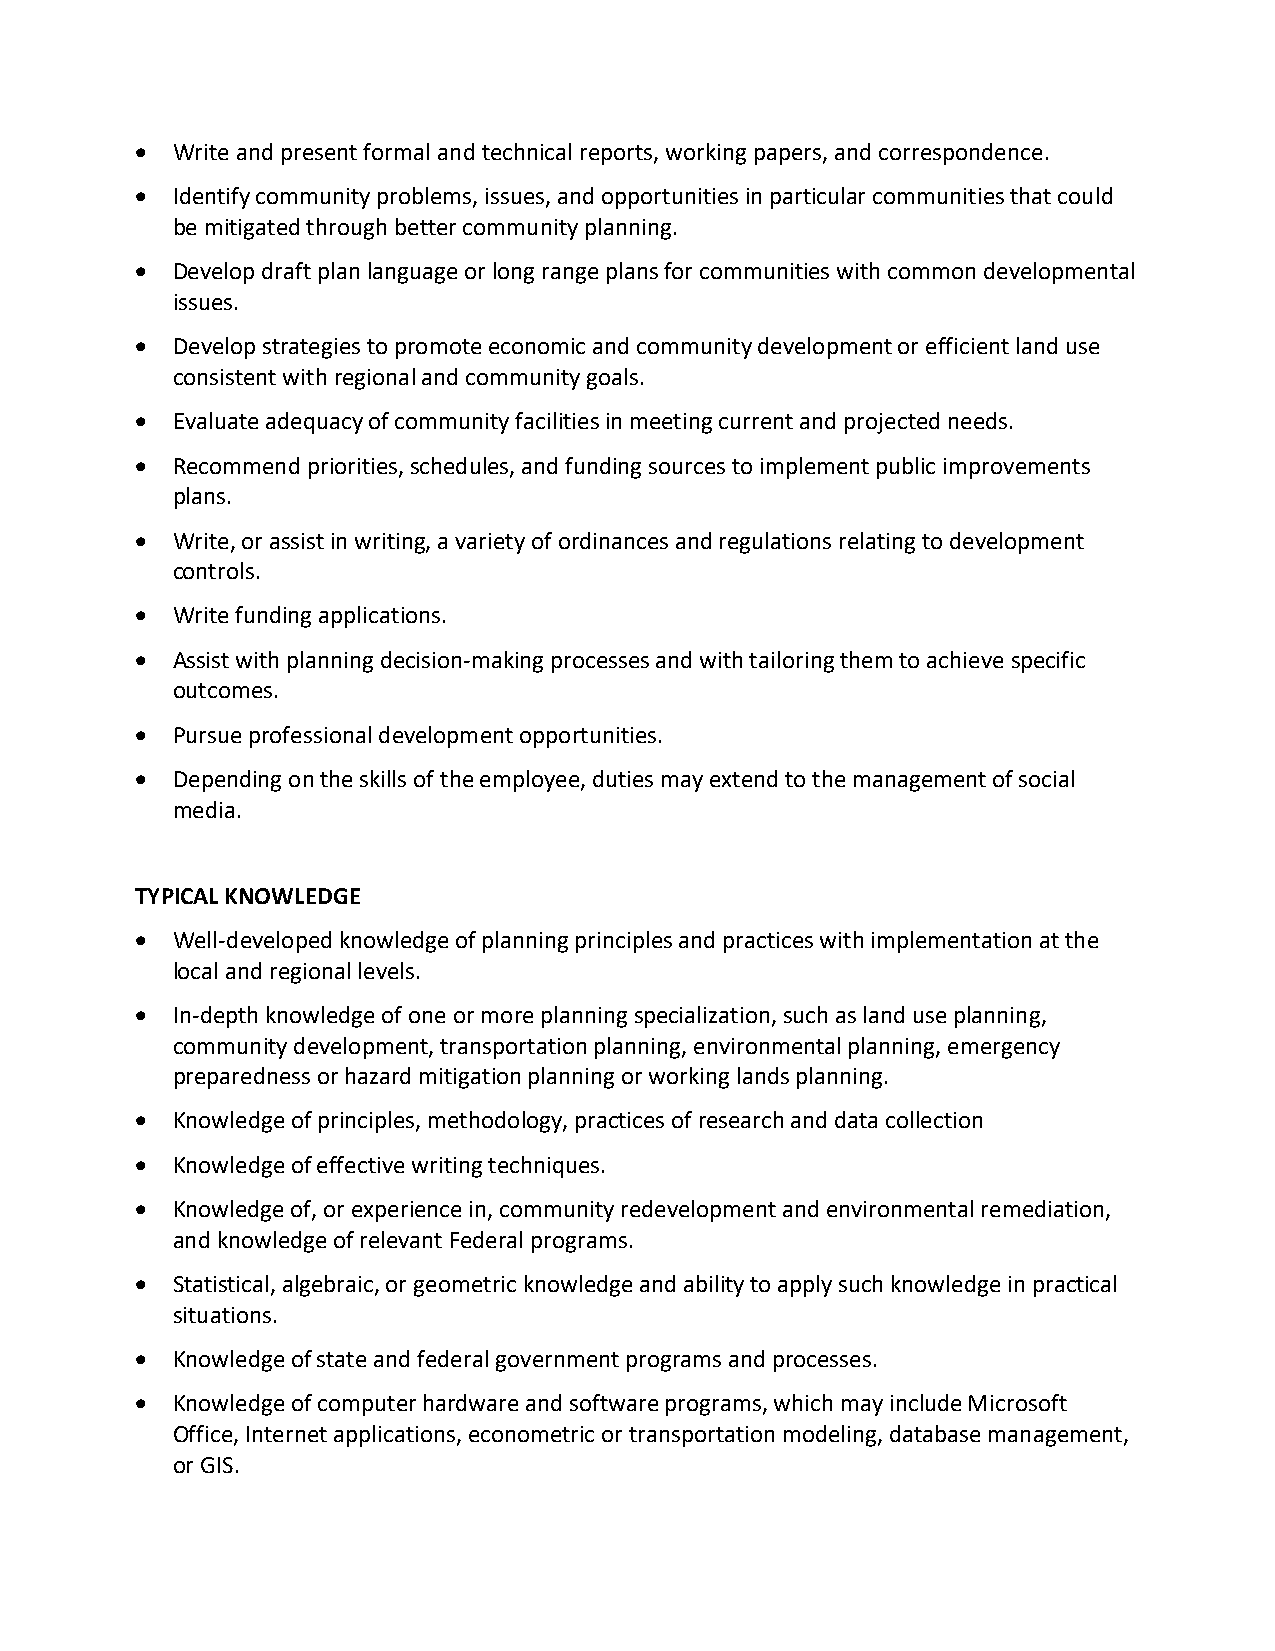
 Write and present formal and technical reports, working papers, and correspondence.
  Identify community problems, issues, and opportunities in particular communities that could
 be mitigated through better community planning.
  Develop draft plan language or long range plans for communities with common developmental
 issues.
  Develop strategies to promote economic and community development or efficient land use
 consistent with regional and community goals.
  Evaluate adequacy of community facilities in meeting current and projected needs.
  Recommend priorities, schedules, and funding sources to implement public improvements
 plans.
  Write, or assist in writing, a variety of ordinances and regulations relating to development
 controls.
  Write funding applications.
  Assist with planning decision-making processes and with tailoring them to achieve specific
 outcomes.
  Pursue professional development opportunities.
  Depending on the skills of the employee, duties may extend to the management of social
 media.
 TYPICAL KNOWLEDGE
  Well-developed knowledge of planning principles and practices with implementation at the
 local and regional levels.
  In-depth knowledge of one or more planning specialization, such as land use planning,
 community development, transportation planning, environmental planning, emergency
 preparedness or hazard mitigation planning or working lands planning.
  Knowledge of principles, methodology, practices of research and data collection
  Knowledge of effective writing techniques.
  Knowledge of, or experience in, community redevelopment and environmental remediation,
 and knowledge of relevant Federal programs.
  Statistical, algebraic, or geometric knowledge and ability to apply such knowledge in practical
 situations.
  Knowledge of state and federal government programs and processes.
  Knowledge of computer hardware and software programs, which may include Microsoft
 Office, Internet applications, econometric or transportation modeling, database management,
 or GIS.